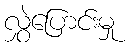
လွှဲပြောင်းမှု